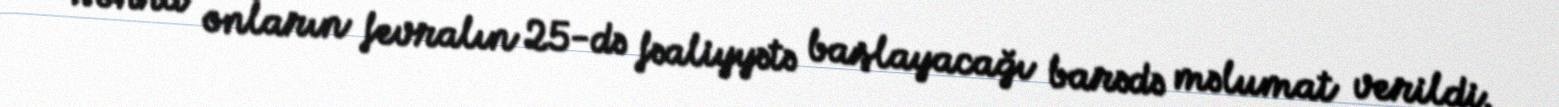
sonra onların fevralın 25-də fəaliyyətə başlayacağı barədə məlumat verildi.